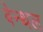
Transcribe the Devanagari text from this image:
बेन्थल